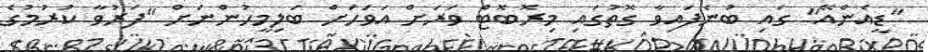
"ޑީއެންއޭ" ގައި ބުނެފައިވާ ގޮތުގައި މިރޮބޮޓް ވަރަށް އަވަހަށް ބަލިމީހުންނަށް "ފަރުވާ ކުރުމުގެ